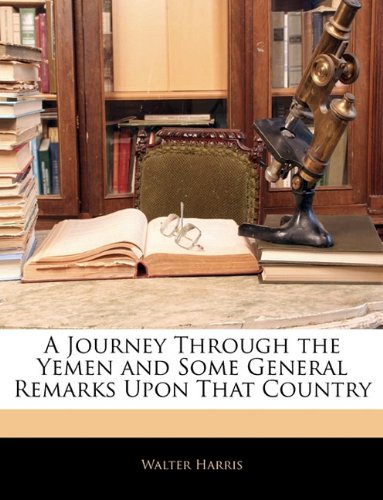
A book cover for A Journey Through the Yemen and Some General Remarks Upon That Country; Walter Harris; Travel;